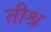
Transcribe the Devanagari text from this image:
तीश्र